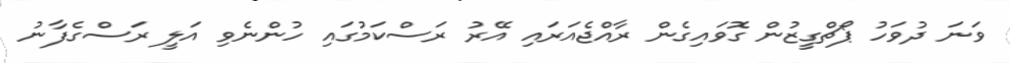
ވަނަ ދުވަހު ޕޯޗްގީޒުން ގޮވައިގެން ރާއްޖެއަރައި އޭރު ރަސްކަމުގައި ހުންނެވި އަލީ ރަސްގެފާނު